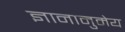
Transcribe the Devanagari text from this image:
ज्ञानानुमेय